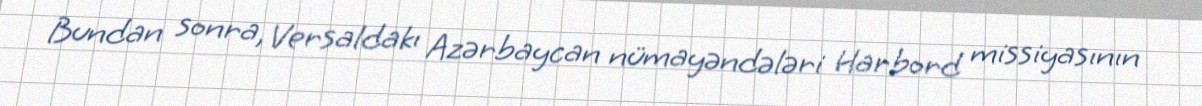
Bundan sonra, Versaldakı Azərbaycan nümayəndələri Harbord missiyasının